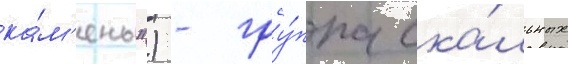
ка́м'ень") - гру́ппа ска́льных